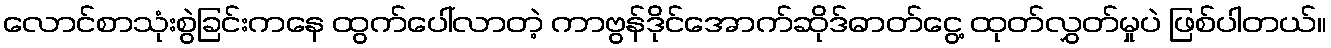
လောင်စာသုံးစွဲခြင်းကနေ ထွက်ပေါ်လာတဲ့ ကာဗွန်ဒိုင်အောက်ဆိုဒ်ဓာတ်ငွေ့ ထုတ်လွှတ်မှုပဲ ဖြစ်ပါတယ်။